Vital statistics of India. Vol. IV, Annual returns from 1871 to 1876. British Army of India, Native Army and jails of Bengal
Year: 1871
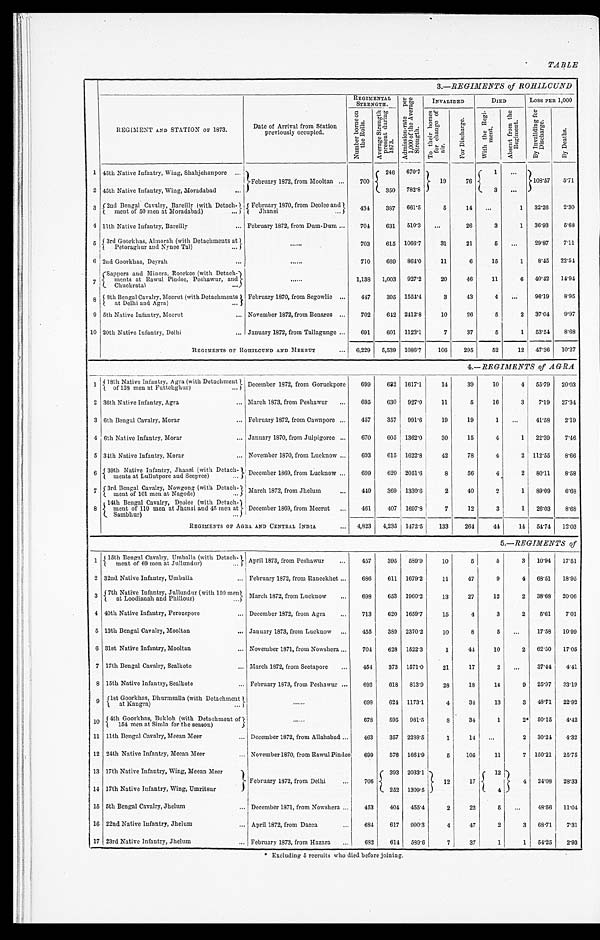
TABLE
3.—REGIMENTS of ROHILCUND
REGIMENT AND STATION OF 1873.
Date of Arrival from Station
previously occupied.
REGIMENTAL
STRENGTH.
A d m i s s i o n - r a t e p e r 1 , 0 0 0 o f t h e A v e r a g e S t r e n g t h .
INVALIDED
DIED
Loss PER 1,000
N u m b e r b o r n e o n t h e R o l l s .
A v e r a g e S t r e n g t h p r e s e n t d u r i n g 1 8 7 3 .
T o t h e i r h o m e s f o r c h a n g e o f a i r .
Fo r Di s c h a r g e .
Wi t h t h e R e g i - me n t .
A b s e n t f r o m t h e R e g i m e n t .
B y I n v a l i d i n g f o r D i s c h a r g e .
By Deat hs.
1 45th Native Infantry, Wing, Shahjehanpore . . .
February 1872, from Mooltan
. . .
700
246
670.7
1 9
76
1
. . .
108.57
5.71
2 45th Native Infantry, Wing, Moradabad . . .
350
782.8
3
. . .
3
2nd Bengal Cavalry, Bareilly (with Detach
-meat of 50 men at Moradabad) . . .
February 1870, from Deolee and
Jhansi . . .
434
387
661.5
5
14
. . .
1
32.26
2.30
4 11th Native Infantry, Bareilly . . . February 1872, from Dum-Dum . . .
704
631
510.3
. . .
26
3
1
36.93
5.68
5
3rd Goorkhas, Almorah (with Detachments at
Petoraghur and Nynee T a l ) . . .
. . .
703
615 1066.7
31
21
5
. . . 29.87
7.11
6 2nd Goorkhas, Deyrah . . .
. . .
710
669
864.0
11
6
15
1
8.45
22.54
7
Sappers and Miners, Roorkee (with Detach-ments at Rawal Pindee, Peshwur, and Chudkrata) . . .
. . .
1,138
1,003
927.2
20
46
11
6
40.42 14.94
8 8th Bengal Cavalry, Meerut (with Detachments
at Delhi and Agra) . . .
February 1870, from Segowlie . . .
447
395 1554.4
3
43
4
. . . 96.19
8.95
9 5th Native Infantry, Meerut . . . November 1872, from Benares . . .
702
642 2412.8
10
26
5
2
37.04
9.97
10 20th Native Infantry, Delhi . . . January 1872, from Tallagunge . . .
691
601 1123.1
7
37
5
1
53.54
8.68
REGIMENTS OF ROHILCUND AND MEERUT . . .
6,229
5,539 1086.7
106
295
52
12 47.36
10.27
4.—REGIMENTS of AGRA
1 18th Native infantry, Agra (with Detachment
of 128m e n a t F u t t e h g h u r ) . . . December 1872, from Goruckpore . . .
699
632 1617.1
14
39
10
4 55.79
20.03
2 36th Native Infantry, Agra . . . March 1873, from Peshawur . . .
695
630
927.0
11
5
16
3
7.19
27.34
3 6th Bengal Cavalry, Morar . . . February 1872, from Cawnpore . . .
457
357
991.6
19
19
1
. . .
41.58
2.19
4 6th Native Infantry, Morar . . . January 1870, from Julpigoree . . .
670
605 1362.0
30
15
4
1
22.39
7.46
5 34th Native Infantry, Morar . . . November 1870, from Lucknow . . .
693
615 1622.8
42
78
4
2 112.55
8.66
6 39th Native Infantry, Jhansi (with Detach-
ments at Lullutpore and Seepree) . . . December 1869, from Lucknow . . .
699
620 2051.6
8
56
4
2
80.11
8.58
7
3rd Bengal Cavalry, Nowgong (with Detach-
meat of 101 m e n a t N a g o d e ) . . .
March 1872, from Jhelum . . .
449
369 1330.6
2
40
2
1
89.09
6.68
8
14th Bengal Cavalry, Deolee (with Detach
-ment of 110 men at Jhansi and 45 men at
Sambhur) . . .
December 1869, from Meerut . . .
461
407 1697.8
7
12
3
1
26.03
8.68
REGIMENTS OFA G R A . A N D C E N T R A L I N D I A . . .
4,823
4,235 1472.5
133
264
44
14 54.74
12.03
5 .—REGIMENTS of
1
1 5 t h B e n g a l C a v a l r y , U m b a l l a ( w i t h D e t a c h - m e n t o f 6 9 m e n a t J u l l u n d u r ) . . .
April 1873, from Peshawur . . .
457
395
599.9
10
5
5
3
10.94
17.51
2 32nd Native Infantry, Umballa . . . February 1872, from Raneekhet . . .
686
611 1679.2
11
47
9
4 68.51
18.95
3 7th Native Infantry, Jullundur (with 150 men
at Loodi anah and Phi l l our) . . .
March 1872, from Lucknow . . .
698
653 1960.2
13
27
12
2
38.68
20.06
4 40th Native Infantry, Ferozepore . . . December 1872, from Agra . . .
713
620 1659.7
15
4
3
2
5.61
7.01
5 13th Bengal Cavalry, Mooltan . . . January 1873, from Lucknow . . .
455
389 2370.2
10
8
5
. . . 17.58
10.99
6 31st Native Infantry, Mooltan . . . November 1871, from Nowshera . . .
704
628 1522.3
1
44
10
2
62.50
17.05
7 17th Bengal Cavalry, Sealkote . . . March 1872, from Seetapore . . .
454
373 1571.0
21
17
2
. . . 37.44
4.41
8 15th Native Infantry, Sealkote . . . February 1873, from Peshawur . . .
693
618
813.9
28
18
14
9 25.97
33.19
9
1st Goorkhas, Dhurmsalla (with Detachment at Kangra) . . .
. . .
698
624 1173.1
4
34
13
3
48.71
22.92
10 4th Goorkhas, Bukloh (with Detachment of
154 men at Simla for the season) . . .
. . .
678
595
981.5
8
34
1
2* 50.15
4.42
11 11th Bengal Cavalry, Meean Meer . . . December 1872, from Allahabad . . .
463
357 2288.5
1
14
. . .
2
30.24
4.32
12 24th Native Infantry, Meean Meer . . . November 1870, from Rawul Pindee . . .
699
576 1664.9
5
105
11
7 150.21
25.75
13 17th Native Infantry, Wing, Meean Meer . . .
February 1872, from Delhi . . .
706
393 2033.1
12
17
12
4
4.08
28.33
14 17th Native Infantry, Wing, Umritsur . . .
252 1309.5
4
15 5th Bengal Cavalry, Jhelum . . . December 1871, from Nowshera . . .
453
404
455.4
2
22
5
. . .
48.56
11.04
16 22nd Native Infantry, Jhelum . . . April 1872, from Dacca . . .
684
617
990.3
4
47
2
3
68.71
7.31
17 23rd Native Infantry, Jhelum . . . February 1873, from Hazara . . .
682
614
589.6
7
37
1
1
54.25
2.93
* Excluding 5 recruits who died before joining.